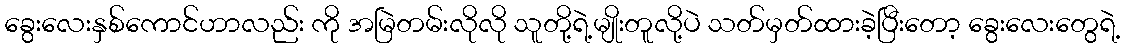
ခွေးလေးနှစ်ကောင်ဟာလည်း ကို အမြဲတမ်းလိုလို သူတို့ရဲ့မျိုးတူလို့ပဲ သတ်မှတ်ထားခဲ့ပြီးတော့ ခွေးလေးတွေရဲ့